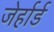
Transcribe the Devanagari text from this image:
जेर्हार्ड